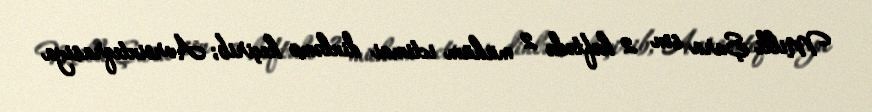
Milli Şura son 2 həftədə 2 mühüm ictimai dinləmə keçirib; Avrointeqrasiya